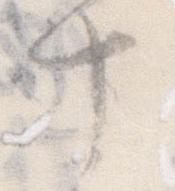
十